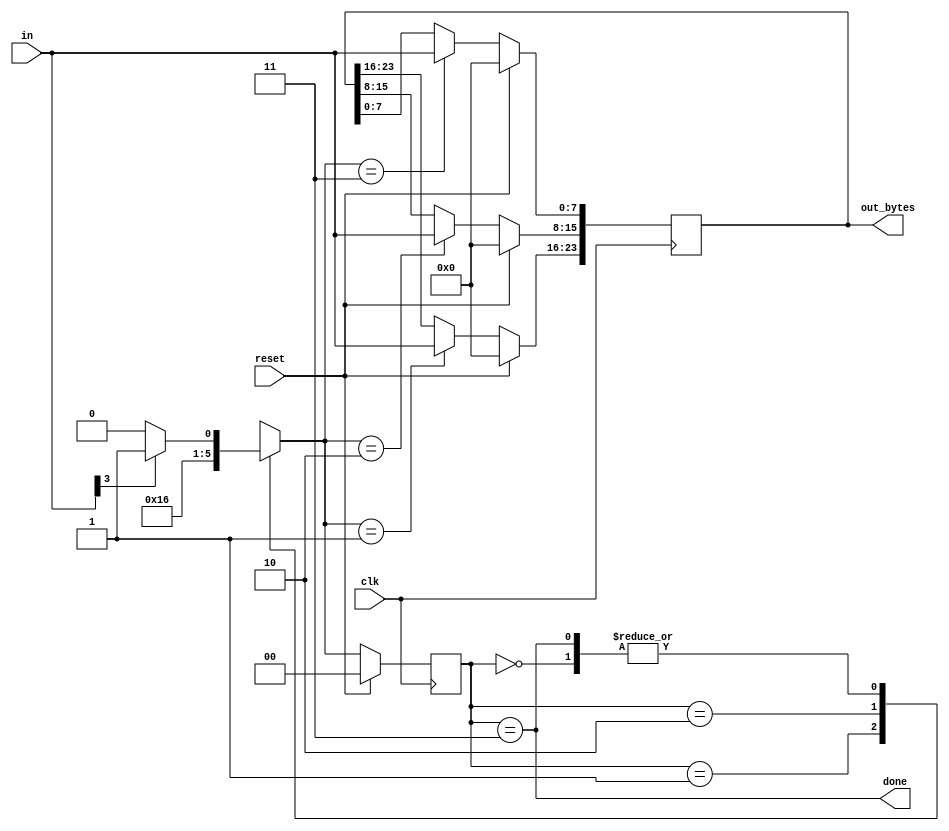
module top_module(
    input clk,
    input [7:0] in,
    input reset,    // Synchronous reset
    output [23:0] out_bytes,
    output done); //

    parameter SEARCH=0,BYTE1=1,BYTE2=2,BYTE3=3;
    reg [1:0]state;
    reg [1:0]next_state;
    
    always@(*)begin
        case(state)
            SEARCH:begin
                if(in[3]==1)begin
                    next_state=BYTE1;
                end
                else begin
                    next_state=SEARCH;
                end
            end
            BYTE1:next_state=BYTE2;
            BYTE2:next_state=BYTE3;
            BYTE3:begin
                if(in[3]==1)next_state=BYTE1;
                else next_state=SEARCH;
            end
            default:next_state=SEARCH;
        endcase
    end
    
    always@(posedge clk)begin
        if(reset)begin
            state<=SEARCH;
            out_bytes<=0;
            end 
        else begin 
            state<=next_state;
            out_bytes[23:16]<=(next_state==BYTE1)?in:out_bytes[23:16];
            out_bytes[15:8]<=(next_state==BYTE2)?in:out_bytes[15:8];
            out_bytes[7:0]<=(next_state==BYTE3)?in:out_bytes[7:0];
        end
    end
    assign done=(state==BYTE3);
    

endmodule